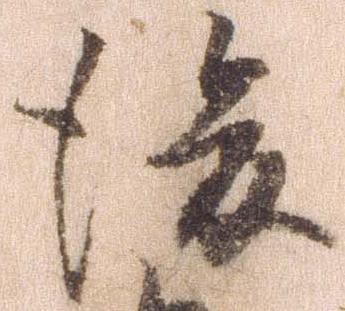
後